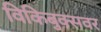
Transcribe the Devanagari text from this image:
विकिबुक्सवर